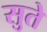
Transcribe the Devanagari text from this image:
सुते